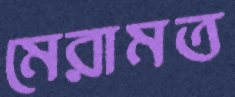
মেরামত